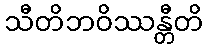
သီတိဘဝိဿန္တီတိ